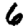
Digit: 6